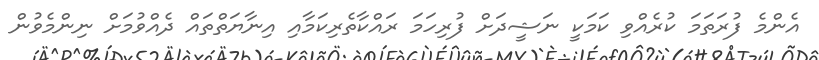
އެންމެ ފުރަތަމަ ކުރެއްވި ކަމަކީ ނަޝީދަށް ފުރިހަމަ ރައްކާތެރިކަމާއި އިނާޔަތްތައް ދެއްވުމަށް ނިންމެވުން